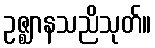
ဥဇ္ဈာနသညိသုတ်။